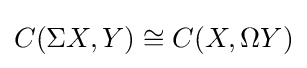
C(\Sigma X,Y)\cong C(X,\Omega Y)